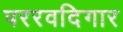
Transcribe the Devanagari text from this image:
पररवदिगार